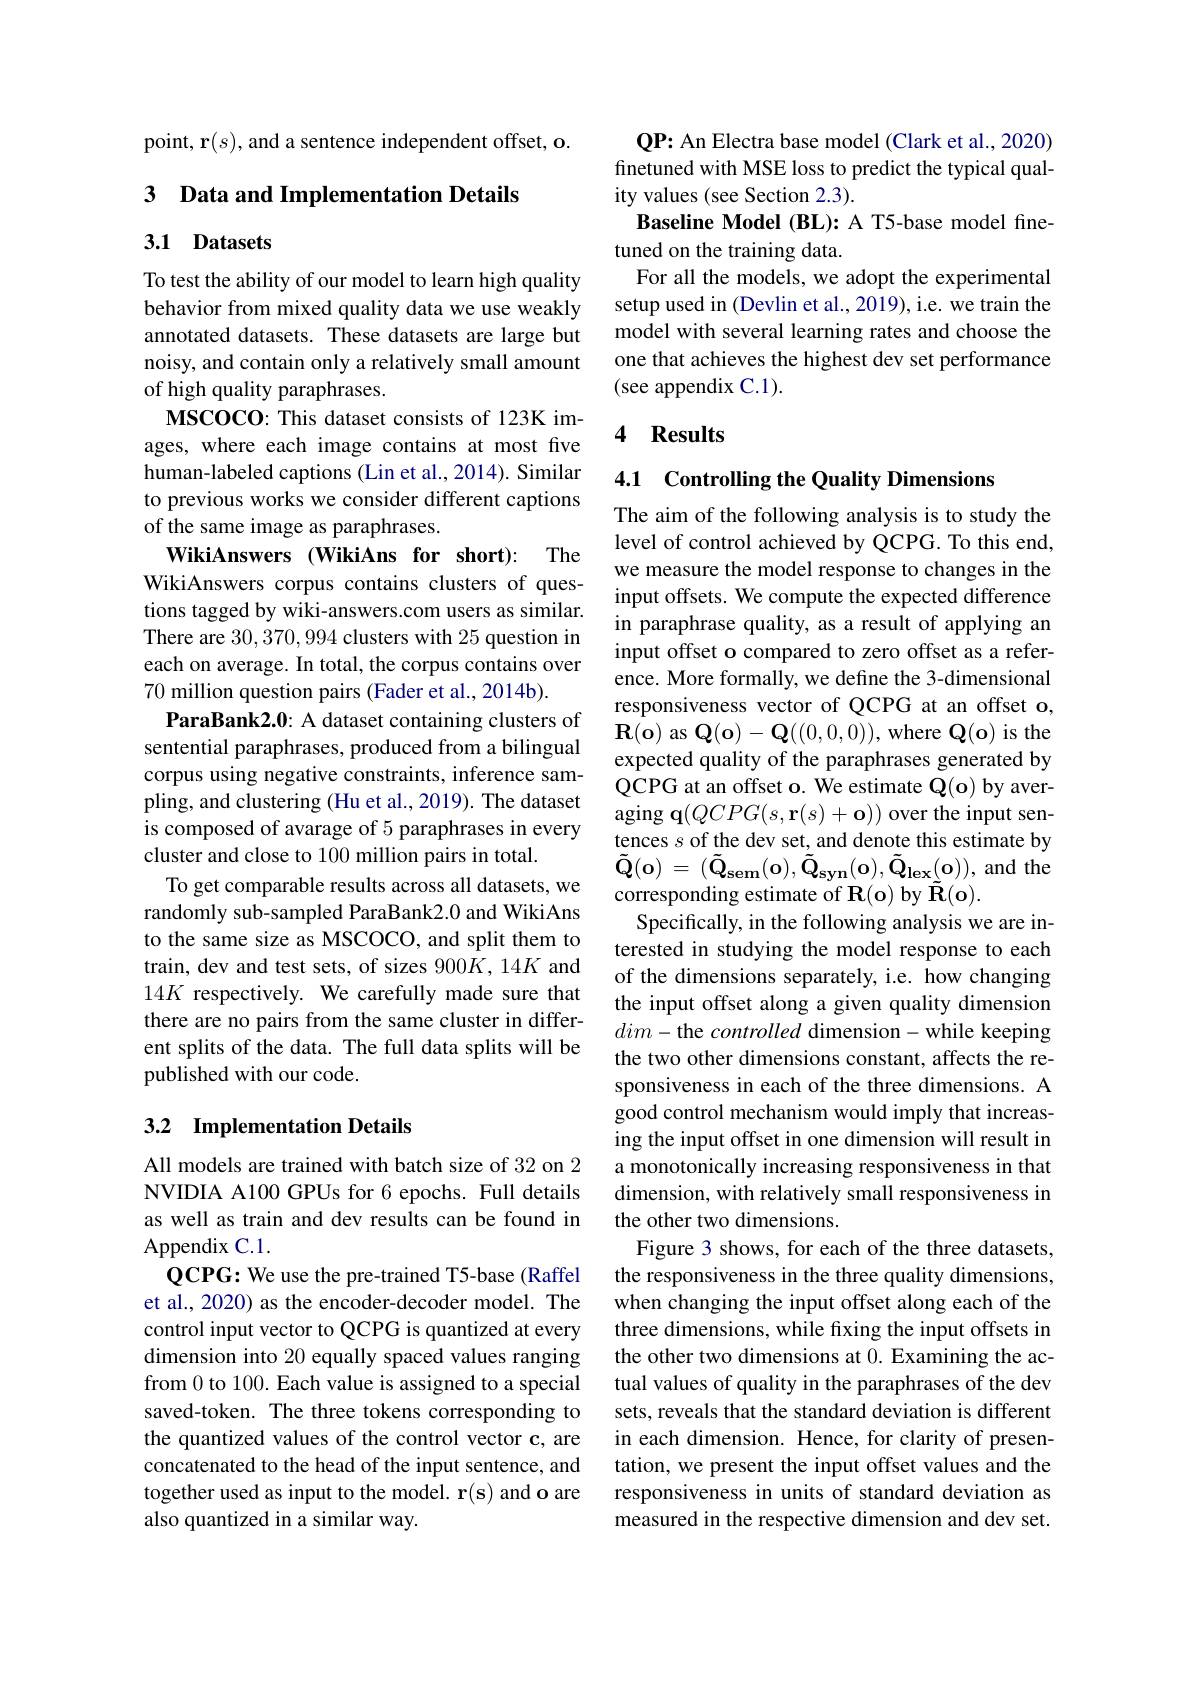
point, r$(s)$, and a sentence independent offset, o.

### 3 Data and Implementation Details

## 3.1 Datasets

To test the ability of our model to learn high quality behavior from mixed quality data we use weakly annotated datasets. These datasets are large but noisy, and contain only a relatively small amount of high quality paraphrases.
MSCOCO: This dataset consists of 123K images, where each image contains at most five human-labeled captions (Lin et al., 2014). Similar to previous works we consider different captions of the same image as paraphrases.
WikiAnswers (WikiAns for short): The WikiAnswers corpus contains clusters of questions tagged by wiki-answers.com users as similar. There are 30,370,994 clusters with 25 question in each on average. In total, the corpus contains over 70 million question pairs (Fader et al., 2014b).
ParaBank2.0: A dataset containing clusters of sentential paraphrases, produced from a bilingual corpus using negative constraints, inference sampling, and clustering (Hu et al.,2019). The dataset is composed of avarage of 5 paraphrases in every cluster and close to 100 million pairs in total.
To get comparable results across all datasets, we randomly sub-sampled ParaBank2.0 and WikiAns to the same size as MSCOCO, and split them to train, dev and test sets, of sizes 900$K,14K$ and 14K respectively. We carefully made sure that there are no pairs from the same cluster in different splits of the data. The full data splits will be published with our code.

### 3.2 Implementation Details

All models are trained with batch size of 32 on 2 NVIDIA A100 GPUs for 6 epochs. Full details as well as train and dev results can be found in Appendix C.1.
QCPG: We use the pre-trained T5-base (Raffel et al., 2020) as the encoder-decoder model. The control input vector to QCPG is quantized at every dimension into 20 equally spaced values ranging from 0 to 100. Each value is assigned to a special saved-token. The three tokens corresponding to the quantized values of the control vector c, are concatenated to the head of the input sentence, and together used as input to the model. r(s) and o are also quantized in a similar way.

$\mathbf{QP:~An~Electra~base~model~(Clark~et~al.,~2020)}$ finetuned with MSE loss to predict the typical quality values (see Section 2.3).
Baseline Model (BL): A T5-base model fine-
tuned on the training data.
For all the models, we adopt the experimental setup used in (Devlin et al., 2019), i.e. we train the model with several learning rates and choose the one that achieves the highest dev set performance (see appendix C.1).

### 4 Results

## 4.1 Controlling the Quality Dimensions

The aim of the following analysis is to study the level of control achieved by QCPG. To this end, we measure the model response to changes in the input offsets. We compute the expected difference in paraphrase quality, as a result of applying an input offset o compared to zero offset as a reference. More formally, we define the 3-dimensional responsiveness vector of QCPG at an offset o, $\mathbf{R}(\mathbf{o})$ as $\mathbf{Q}(\mathbf{o})-\mathbf{Q}((0,0,0))$, where $\mathbf{Q}(\mathbf{o})$ is the expected quality of the paraphrases generated by QCPG at an offset o. We estimate $\mathbb{Q}($o) by averaging $\mathbf{q}(QCPG(s,\mathbf{r}(s)+\mathbf{o}))$ over the input sentences $s$ of the dev set, and denote this estimate by $\tilde{\mathbf{Q} } ( \mathbf{o} )$ = $( \tilde{\mathbf{Q} } _{\mathbf{sem}}( \mathbf{o} ) , \tilde{\mathbf{Q} } _{\mathbf{syn}}( \mathbf{o} ) , \tilde{\mathbf{Q} } _{\mathbf{lex}}( \mathbf{o} ) ) $, and the corresponding estimate of R(o) by $\tilde{\mathbf{R}}(\mathbf{o}).$
Specifically, in the following analysis we are interested in studying the model response to each of the dimensions separately, i.e. how changing the input offset along a given quality dimension $dim-$the controlled dimension-while keeping the two other dimensions constant, affects the responsiveness in each of the three dimensions. A good control mechanism would imply that increasing the input offset in one dimension will result in a monotonically increasing responsiveness in that dimension, with relatively small responsiveness in the other two dimensions.
Figure 3 shows, for each of the three datasets, the responsiveness in the three quality dimensions, when changing the input offset along each of the three dimensions, while fixing the input offsets in the other two dimensions at 0. Examining the actual values of quality in the paraphrases of the dev sets, reveals that the standard deviation is different in each dimension. Hence, for clarity of presentation, we present the input offset values and the responsiveness in units of standard deviation as measured in the respective dimension and dev set.